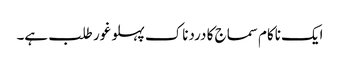
ایک ناکام سماج کا دردناک پہلو غور طلب ہے۔